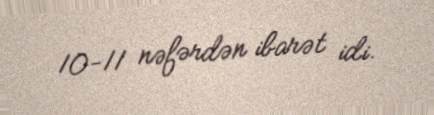
10-11 nəfərdən ibarət idi.